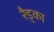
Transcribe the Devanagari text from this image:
रैड्का